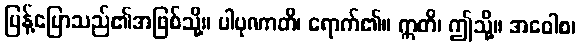
ပြန့်ပြောသည်၏အဖြစ်သို့။ ပါပုဏာတိ၊ ရောက်၏။ ဣတိ၊ ဤသို့။ အဝေါစ၊